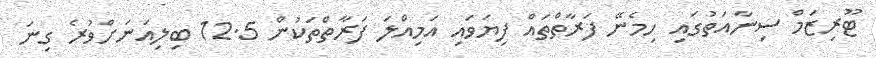
ޓޫރިޒަމް ސިނާއަތުގައި ހިމެނޭ ފަރާތްތައް ފިޔަވައި އަމިއްލަ ފަރާތްތަކުން 12.5 ބިލިއަނަށްވުރެ ގިނަ